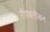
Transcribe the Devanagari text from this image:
रीपबलीकन